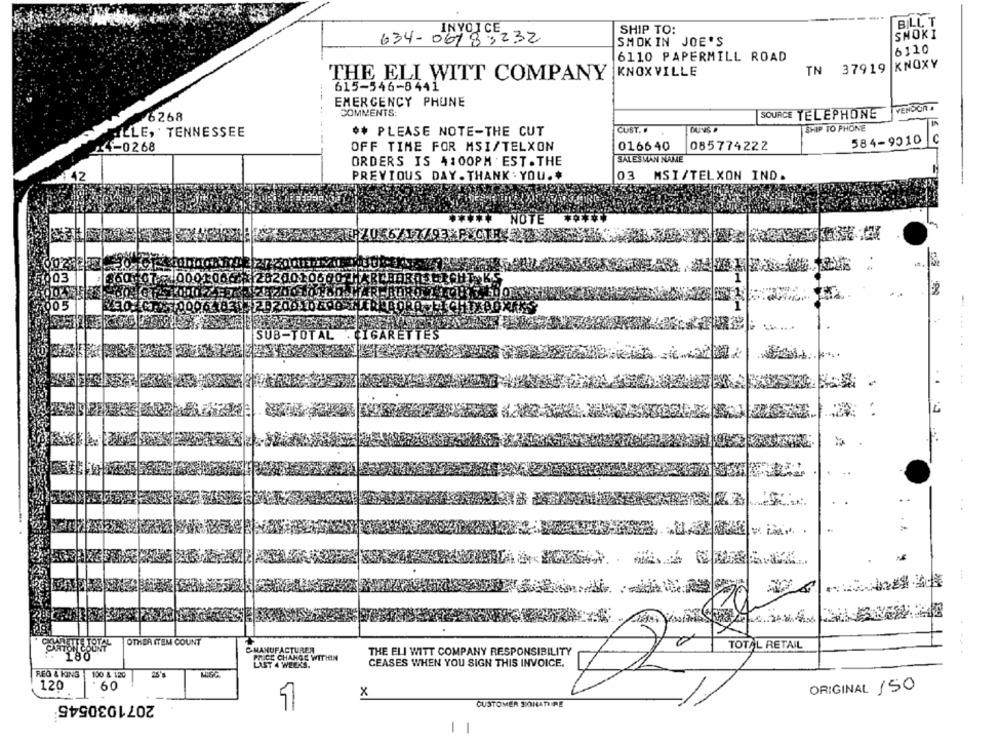
BILL T
INVOICE
SHIP TO:
SMOKI
634-06783232
SMOKIN JOE'S
6110
6110 PAPERMILL ROAD
37919 KNOXY
KNOXVILLE
TN
THE ELI WITT COMPANY
615-546-8441
EMERGENCY PHONE
COMMENTS:
VENDOR A
F6268
SOURCE TELEPHONE
SHIP TO PHONE
ILLE, TENNESSEE
** PLEASE NOTE-THE CUT
CUST. .
DUNS P
584-9010
40268
OFF TIME FOR MSI/TELXON
016640
085774222
5 01
ORDERS IS 4:00PM EST. THE
SALESMAN NAME
3
42
PREVIOUS DAY . THANK . YOU .*
03 MSI/TELXON IND.
NOTE
056717793 PXCIRE
03
005
-
SUB-TOTAL . CIGARETTES
..
-.
CALARETTE TOTAL
OTHER ITEM COUNT
TOTAL RETAIL
CARTON COUN
CMANUFACTURER
THE ELI WITT COMPANY RESPONSIBILITY
180
PRICE CHANGE WITHIN
LAST 4 WEEKS.
CEASES WHEN YOU SIGN THIS INVOICE.
REG & HING
100 & 120
120
60
ORIGINAL 150
2071030545
x
1
CUSTOMER SIONATTIRE
-